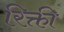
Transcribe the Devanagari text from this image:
रिक्ती